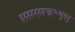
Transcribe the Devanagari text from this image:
ह्ह्ह्ह्ह्ह्ह्फ्द्ग्६य्हुएतु